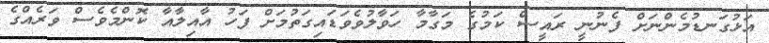
އަޅުގަނޑުމެންނަށް ފެނުނީ ރައީސް ކަމުގެ މަގާމާ ހަވާލުވެވަޑައިގަތުމަށް ފަހު އާއިލާއާ ކޮންމެވެސް ވަރެއްގެ